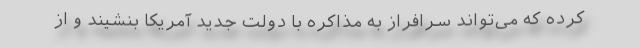
کرده که می‌تواند سرافراز به مذاکره با دولت جدید آمریکا بنشیند و از